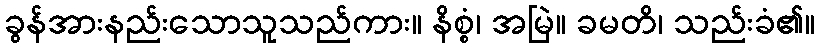
ခွန်အားနည်းသောသူသည်ကား။ နိစ္စံ၊ အမြဲ။ ခမတိ၊ သည်းခံ၏။